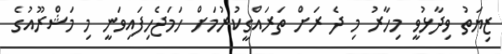
ޒިޔަތު ވިދާޅުވީ މިހާރު މި ދެ ރަށް ތަރައްގީކުރުމަށް ހަމަޖެހިފައިވަނީ މި މަޝްރޫއުގެ